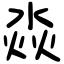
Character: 𣶷